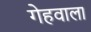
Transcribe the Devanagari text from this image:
गेहवाला